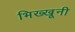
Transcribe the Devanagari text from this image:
भिख्खूनी